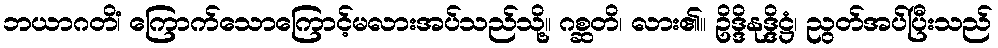
ဘယာဂတိံ၊ ကြောက်သောကြောင့်မလားအပ်သည်သို့။ ဂစ္ဆတိ၊ လား၏။ ဥိဒ္ဒိနုဒ္ဒိဋ္ဌံ၊ ညွတ်အပ်ပြီးသည်